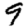
Digit: 9